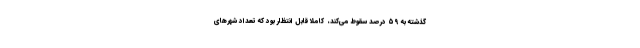
گذشته به ۵۹ درصد سقوط می‌کند، ‌ کاملا قابل انتظار بود که تعداد شهرهای